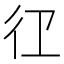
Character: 𭛝